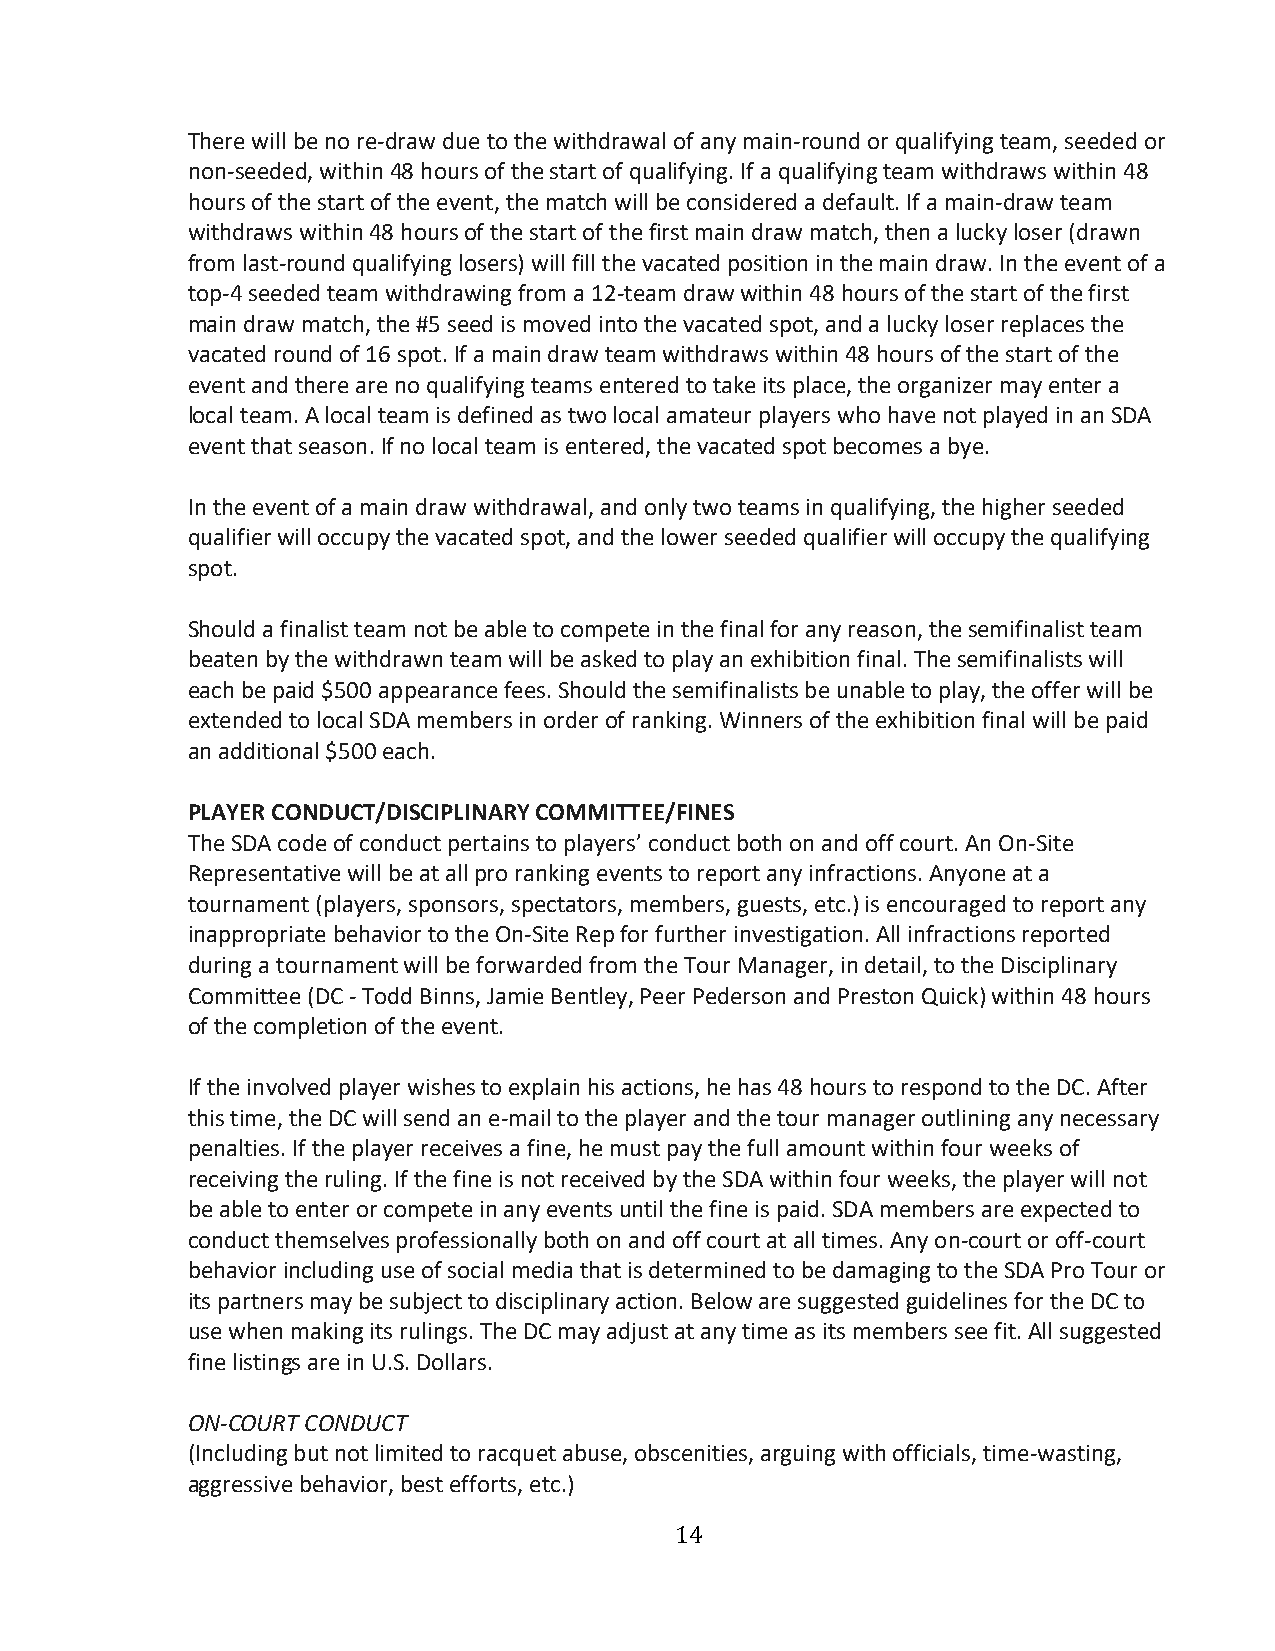
There will be no re-draw due to the withdrawal of any main-round or qualifying team, seeded or
 non-seeded, within 48 hours of the start of qualifying. If a qualifying team withdraws within 48
 hours of the start of the event, the match will be considered a default. If a main-draw team
 withdraws within 48 hours of the start of the first main draw match, then a lucky loser (drawn
 from last-round qualifying losers) will fill the vacated position in the main draw. In the event of a
 top-4 seeded team withdrawing from a 12-team draw within 48 hours of the start of the first
 main draw match, the #5 seed is moved into the vacated spot, and a lucky loser replaces the
 vacated round of 16 spot. If a main draw team withdraws within 48 hours of the start of the
 event and there are no qualifying teams entered to take its place, the organizer may enter a
 local team. A local team is defined as two local amateur players who have not played in an SDA
 event that season. If no local team is entered, the vacated spot becomes a bye.
 In the event of a main draw withdrawal, and only two teams in qualifying, the higher seeded
 qualifier will occupy the vacated spot, and the lower seeded qualifier will occupy the qualifying
 spot.
 Should a finalist team not be able to compete in the final for any reason, the semifinalist team
 beaten by the withdrawn team will be asked to play an exhibition final. The semifinalists will
 each be paid $500 appearance fees. Should the semifinalists be unable to play, the offer will be
 extended to local SDA members in order of ranking. Winners of the exhibition final will be paid
 an additional $500 each.
 PLAYER CONDUCT/DISCIPLINARY COMMITTEE/FINES
 The SDA code of conduct pertains to players’ conduct both on and off court. An On-Site
 Representative will be at all pro ranking events to report any infractions. Anyone at a
 tournament (players, sponsors, spectators, members, guests, etc.) is encouraged to report any
 inappropriate behavior to the On-Site Rep for further investigation. All infractions reported
 during a tournament will be forwarded from the Tour Manager, in detail, to the Disciplinary
 Committee (DC - Todd Binns, Jamie Bentley, Peer Pederson and Preston Quick) within 48 hours
 of the completion of the event.
 If the involved player wishes to explain his actions, he has 48 hours to respond to the DC. After
 this time, the DC will send an e-mail to the player and the tour manager outlining any necessary
 penalties. If the player receives a fine, he must pay the full amount within four weeks of
 receiving the ruling. If the fine is not received by the SDA within four weeks, the player will not
 be able to enter or compete in any events until the fine is paid. SDA members are expected to
 conduct themselves professionally both on and off court at all times. Any on-court or off-court
 behavior including use of social media that is determined to be damaging to the SDA Pro Tour or
 its partners may be subject to disciplinary action. Below are suggested guidelines for the DC to
 use when making its rulings. The DC may adjust at any time as its members see fit. All suggested
 fine listings are in U.S. Dollars.
 ON-COURT CONDUCT
 (Including but not limited to racquet abuse, obscenities, arguing with officials, time-wasting,
 aggressive behavior, best efforts, etc.)
 14